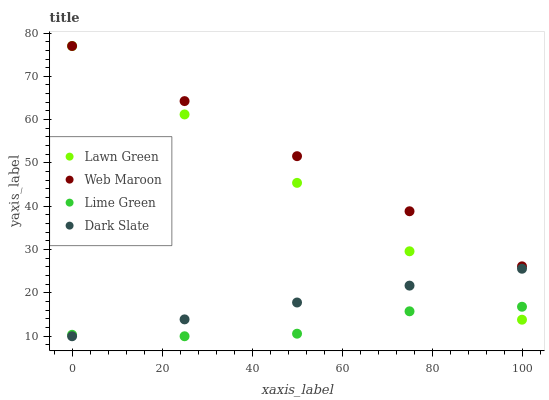
| xaxis_label | Lawn Green | Web Maroon | Lime Green | Dark Slate |
 | --- | --- | --- | --- | --- |
 | 0 | 77 | 77 | 10.3 | 10 |
 | 25 | 61.2 | 64.3 | 10 | 13.9 |
 | 50 | 45.4 | 51.6 | 10.6 | 17.8 |
 | 75 | 29.6 | 38.9 | 15.8 | 21.7 |
 | 100 | 13.8 | 26.1 | 16.8 | 25.6 |